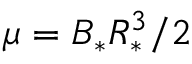
\mu = B _ { * } R _ { * } ^ { 3 } / 2